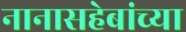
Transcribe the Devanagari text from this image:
नानासहेबांच्या